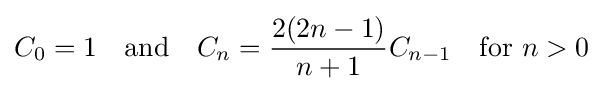
C_{0}=1\quad {\text{and}}\quad C_{n}={\frac {2(2n-1)}{n+1}}C_{n-1}\quad {\text{for }}n>0